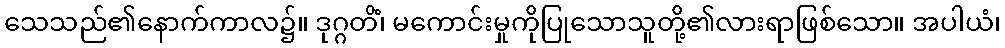
သေသည်၏နောက်ကာလ၌။ ဒုဂ္ဂတိံ၊ မကောင်းမှုကိုပြုသောသူတို့၏လားရာဖြစ်သော။ အပါယံ၊